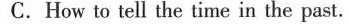
C. How to tell the time in the past.